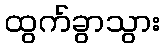
ထွက်ခွာသွား